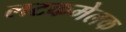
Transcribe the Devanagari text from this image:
लटकमेलक